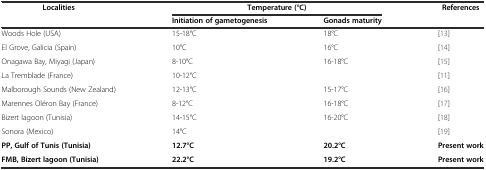
| Localities | <COLSPAN=2> Temperature (°C) | References |
 |  | Initiation of gametogenesis | Gonads maturity |  |
 | --- | --- | --- | --- |
 | Woods Hole (USA) | 15-18°C | 18°C | [13] |
 | El Grove, Galicia (Spain) | 10°C | 16°C | [14] |
 | Onagawa Bay, Miyagi (Japan) | 8-10°C | 16-18°C | [15] |
 | La Tremblade (France) | 10-12°C |  | [11] |
 | Malborough Sounds (New Zealand) | 12-13°C | 15-17°C | [16] |
 | Marennes Oléron Bay (France) | 8-12°C | 16-18°C | [17] |
 | Bizert lagoon (Tunisia) | 14-15°C | 16-20°C | [18] |
 | Sonora (Mexico) | 14°C |  | [19] |
 | PP, Gulf of Tunis (Tunisia) | 12.7°C | 20.2°C | Present work |
 | FMB, Bizert lagoon (Tunisia) | 22.2°C | 19.2°C | Present work |